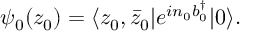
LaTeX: \psi _ { 0 } ( z _ { 0 } ) = \langle z _ { 0 } , \bar { z } _ { 0 } \vert e ^ { i n _ { 0 } b _ { 0 } ^ { \dagger } } \vert 0 \rangle .